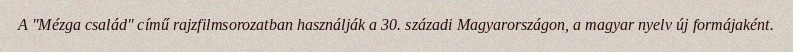
A "Mézga család" című rajzfilmsorozatban használják a 30. századi Magyarországon, a magyar nyelv új formájaként.